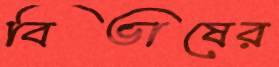
বিভাষের